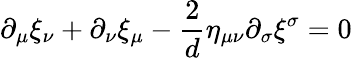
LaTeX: \partial_{\mu}\xi_{\nu}+\partial_{\nu}\xi_{\mu}-\frac{2}{d}\eta_{\mu\nu}\partial_{\sigma}\xi^{\sigma}=0